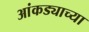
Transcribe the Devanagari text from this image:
आंकड्याच्या